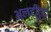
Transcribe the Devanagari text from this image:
अलटीटुड